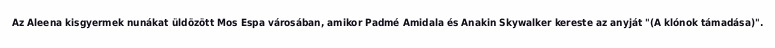
Az Aleena kisgyermek nunákat üldözött Mos Espa városában, amikor Padmé Amidala és Anakin Skywalker kereste az anyját "(A klónok támadása)".